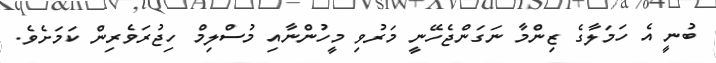
ބުނީ އެ ހަމަލާގެ ޒިންމާ ނަގަންޖެހޭނީ މަރުވި މީހުންނާއި މުސްލިމް ހިޖުރަވެރިން ކަމަށެވެ.